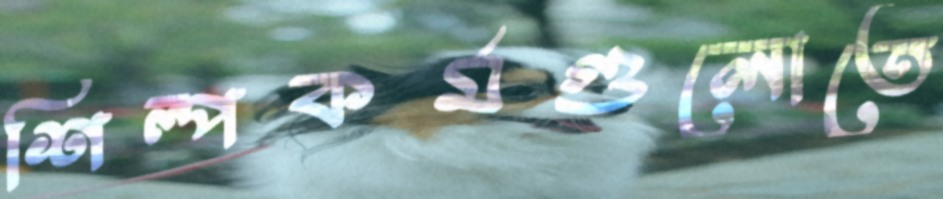
শিল্পকর্মগুলোতে